Document type: Sale
Year: 1275
Scribe: Salvador de Baiona
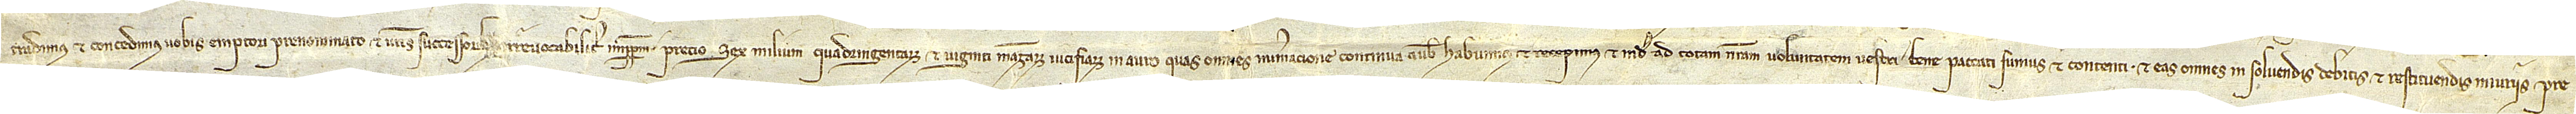
tradimus et concedimus vobis emptori prenominato et vestris successori[bus i]rrevocabiliter imperpetuum, precio sex milium quadringentorum et viginti mazmutinarum iucifiarum in auro, quas omnes numeracione continua a vobis habuimus et recepimus et inde ad totam nostram voluntatem vestri bene paccati sumus et contenti, et eas omnes in solvendis debitis et restituendis iniuriis pre-